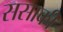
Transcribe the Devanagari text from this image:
ससाकी